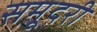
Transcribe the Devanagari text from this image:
समूदरी